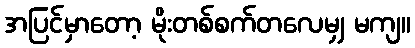
အပြင်မှာတော့ မိုးတစ်စက်တလေမျှ မကျ။